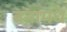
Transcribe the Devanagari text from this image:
वनामधे